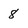
Character: 8